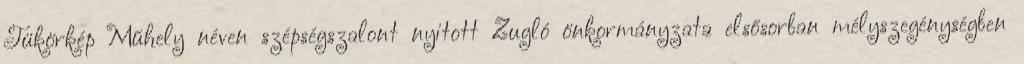
Tükörkép Műhely néven szépségszalont nyitott Zugló önkormányzata elsősorban mélyszegénységben